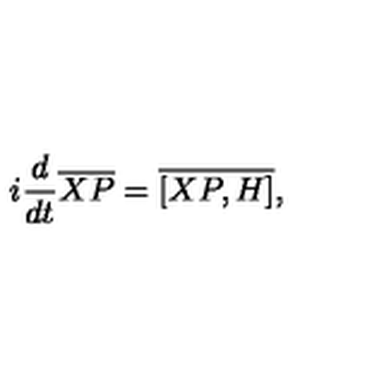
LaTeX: i \frac { d } { d t } \overline { { X P } } = \overline { { [ X P , H ] } } ,